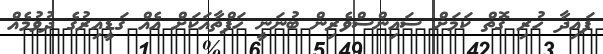
ފައިދާ ހުރި ގޮތް ކަމަށް ސައިންސްވެރިން ބުނަނީ ހަފްތާއަކަށް އެއް ގަޑީއިރުގެ ދުވުމެއް